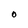
Character: O